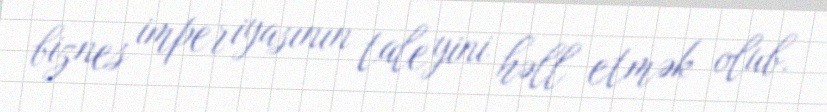
biznes imperiyasının taleyini həll etmək olub.